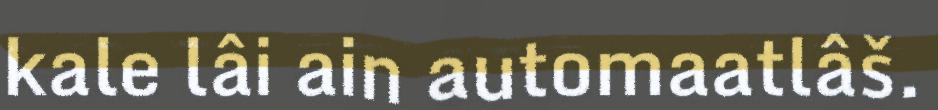
kale lâi ain automaatlâš.